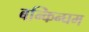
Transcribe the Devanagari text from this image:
बन्किन्घम